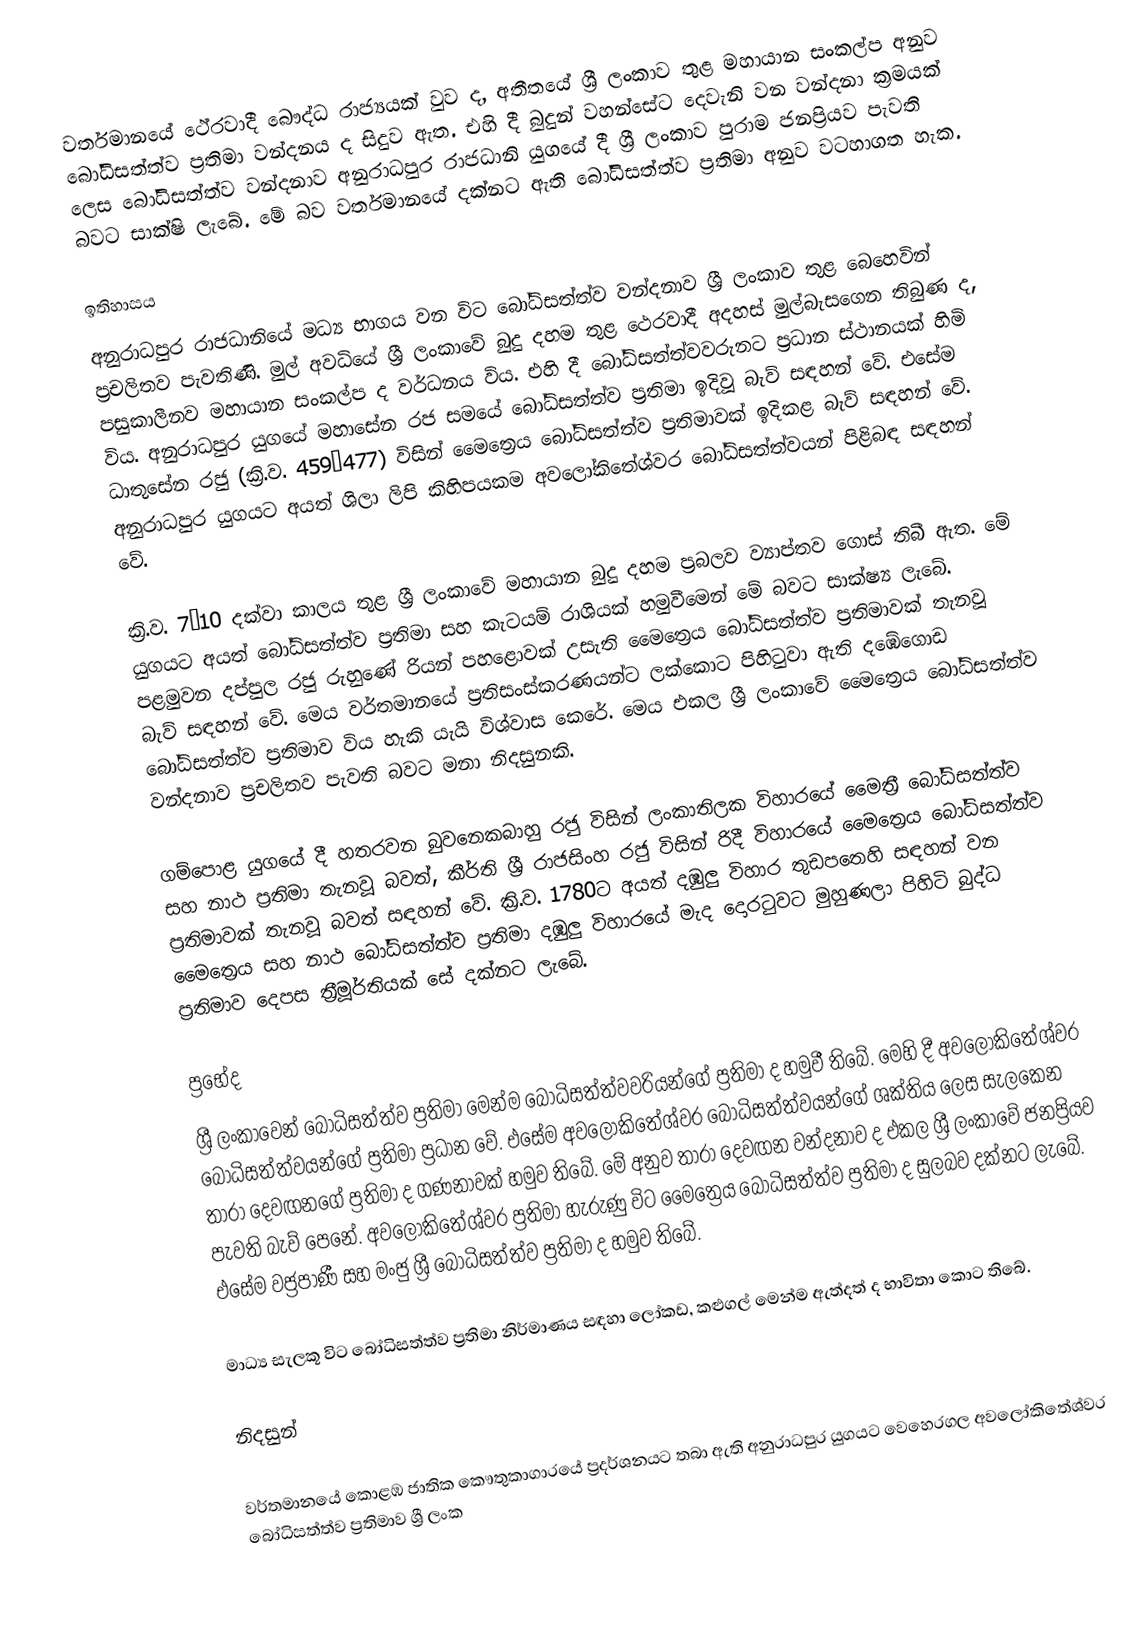
වර්තමානයේ ථේරවාදී බෞද්ධ රාජ්‍යයක් වුව ද, අතීතයේ ශ්‍රී ලංකාව තුළ මහායාන සංකල්ප අනුව බෝධිසත්ත්ව ප්‍රතිමා වන්දනය ද සිදුව ඇත. එහි දී බුදුන් වහන්සේට දෙවැනි වන වන්දනා ක්‍රමයක් ලෙස බෝධිසත්ත්ව වන්දනාව අනුරාධපුර රාජධානි යුගයේ දී ශ්‍රී ලංකාව පුරාම ජනප්‍රියව පැවති බවට සාක්ෂි ලැබේ. මේ බව වර්තමානයේ දක්නට ඇති බෝධිසත්ත්ව ප්‍රතිමා අනුව වටහාගත හැක.

ඉතිහාසය
අනුරාධපුර රාජධානියේ මධ්‍ය භාගය වන විට බෝධිසත්ත්ව වන්දනාව ශ්‍රී ලංකාව තුළ බෙහෙවින් ප්‍රචලිතව පැවතිණි. මුල් අවධියේ ‍ශ්‍රී ලංකාවේ බුදු දහම තුළ ථෙරවාදී අදහස් මුල්බැසගෙන තිබුණ ද, පසුකාලීනව මහායාන සංකල්ප ද වර්ධනය විය. එහි දී බෝධිසත්ත්වවරුනට ප්‍රධාන ස්ථානයක් හිමි විය. අනුරාධපුර යුගයේ මහාසේන රජ සමයේ බෝධිසත්ත්ව ප්‍රතිමා ඉදිවූ බැව් සඳහන් වේ. එසේම ධාතුසේන රජු (ක්‍රි.ව. 459–477) විසින් මෛත්‍රෙය බෝධිසත්ත්ව ප්‍රතිමාවක් ඉදිකළ බැව් සඳහන් වේ. අනුරාධපුර යුගයට අයත් ශිලා ලිපි කිහිපයකම අව‍ලෝකිතේශ්වර බෝධිසත්ත්වයන් පිළිබඳ සඳහන් වේ.

ක්‍රි.ව. 7–10 දක්වා කාලය තුළ ශ්‍රී ලංකාවේ මහායාන බුදු දහම ප්‍රබලව ව්‍යාප්තව ගොස් තිබී ඇත. මේ යුගයට අයත් බෝධිසත්ත්ව ප්‍රතිමා සහ කැටයම් රාශියක් හමුවීමෙන් මේ බවට සාක්ෂ්‍ය ලැබේ. පළමුවන දප්පුල රජු රුහුණේ රියන් පහළොවක් උසැති මෛත්‍රෙය බෝධිසත්ත්ව ප්‍රතිමාවක් තැනවූ බැව් සඳහන් වේ. මෙය වර්තමානයේ ප්‍රතිසංස්කරණයන්ට ලක්කොට පිහිටුවා ඇති දඹේගොඩ බෝධිසත්ත්ව ප්‍රතිමාව විය හැකි යැයි විශ්වාස කෙරේ. මෙය එකල ශ්‍රී ලංකාවේ මෛත්‍රෙය බෝධිසත්ත්ව වන්දනාව ප්‍රචලිතව පැවති බවට මනා නිදසුනකි.

ගම්පොළ යුගයේ දී හතරවන බු‍වනෙකබාහු රජු විසින් ලංකාතිලක විහාරයේ මෛත්‍රී බෝධිසත්ත්ව සහ නාථ ප්‍රතිමා තැනවූ බවත්, කීර්ති ශ්‍රී රාජසිංහ රජු විසින් රිදී විහාරයේ මෛත්‍රෙය බෝධිසත්ත්ව ප්‍රතිමාවක් තැනවූ බවත් සඳහන් වේ. ක්‍රි.ව. 1780ට අයත් දඹුලු විහාර තුඩපතෙහි සඳහන් වන මෛත්‍රෙය සහ නාථ බෝධිසත්ත්ව ප්‍රතිමා දඹුලු විහාරයේ මැද දොරටුවට මුහුණලා පිහිටි බුද්ධ ප්‍රතිමාව දෙපස ත්‍රීමූර්තියක් සේ දක්නට ලැබේ.

ප්‍රභේද
ශ්‍රී ලංකාවෙන් බෝධිසත්ත්ව ප්‍රතිමා මෙන්ම බෝධිසත්ත්වවරියන්ගේ ප්‍රතිමා ද හමුවී තිබේ. මෙහි දී අව‍ලෝකිතේශ්වර බෝධිසත්ත්වයන්ගේ ප්‍රතිමා ප්‍රධාන වේ. එසේම අවලෝකිතේශ්වර බෝධිසත්ත්වයන්ගේ ශක්තිය ලෙස සැලකෙන තාරා දෙවඟනගේ ප්‍රතිමා ද ගණනාවක් හමුව තිබේ. ‍මේ අනුව තාරා දෙවඟන වන්දනාව ද එකල ශ්‍රී ලංකාවේ ජනප්‍රියව පැවති බැව් පෙනේ. අවලෝකිතේශ්වර ප්‍රතිමා හැරුණු විට මෛත්‍රෙය බෝධිසත්ත්ව ප්‍රතිමා ද සුලබව දක්නට ලැබේ. එසේම වජ්‍රපාණී සහ මංජු ශ්‍රී බෝධිසත්ත්ව ප්‍රතිමා ද හමුව තිබේ.

මාධ්‍ය සැලකූ විට බෝධිසත්ත්ව ප්‍රතිමා නිර්මාණය සඳහා ලෝකඩ, කළුගල් මෙන්ම ඇත්දත් ද භාවිතා කොට තිබේ.

නිදසුන්

වර්තමානයේ කොළඹ ජාතික කෞතුකාගාරයේ ප්‍රදර්ශනයට තබා ඇති අනුරාධපුර යුගයට වෙහෙරගල අවලෝකිතේශ්වර බෝධිසත්ත්ව ප්‍රතිමාව ශ්‍රී ලංක